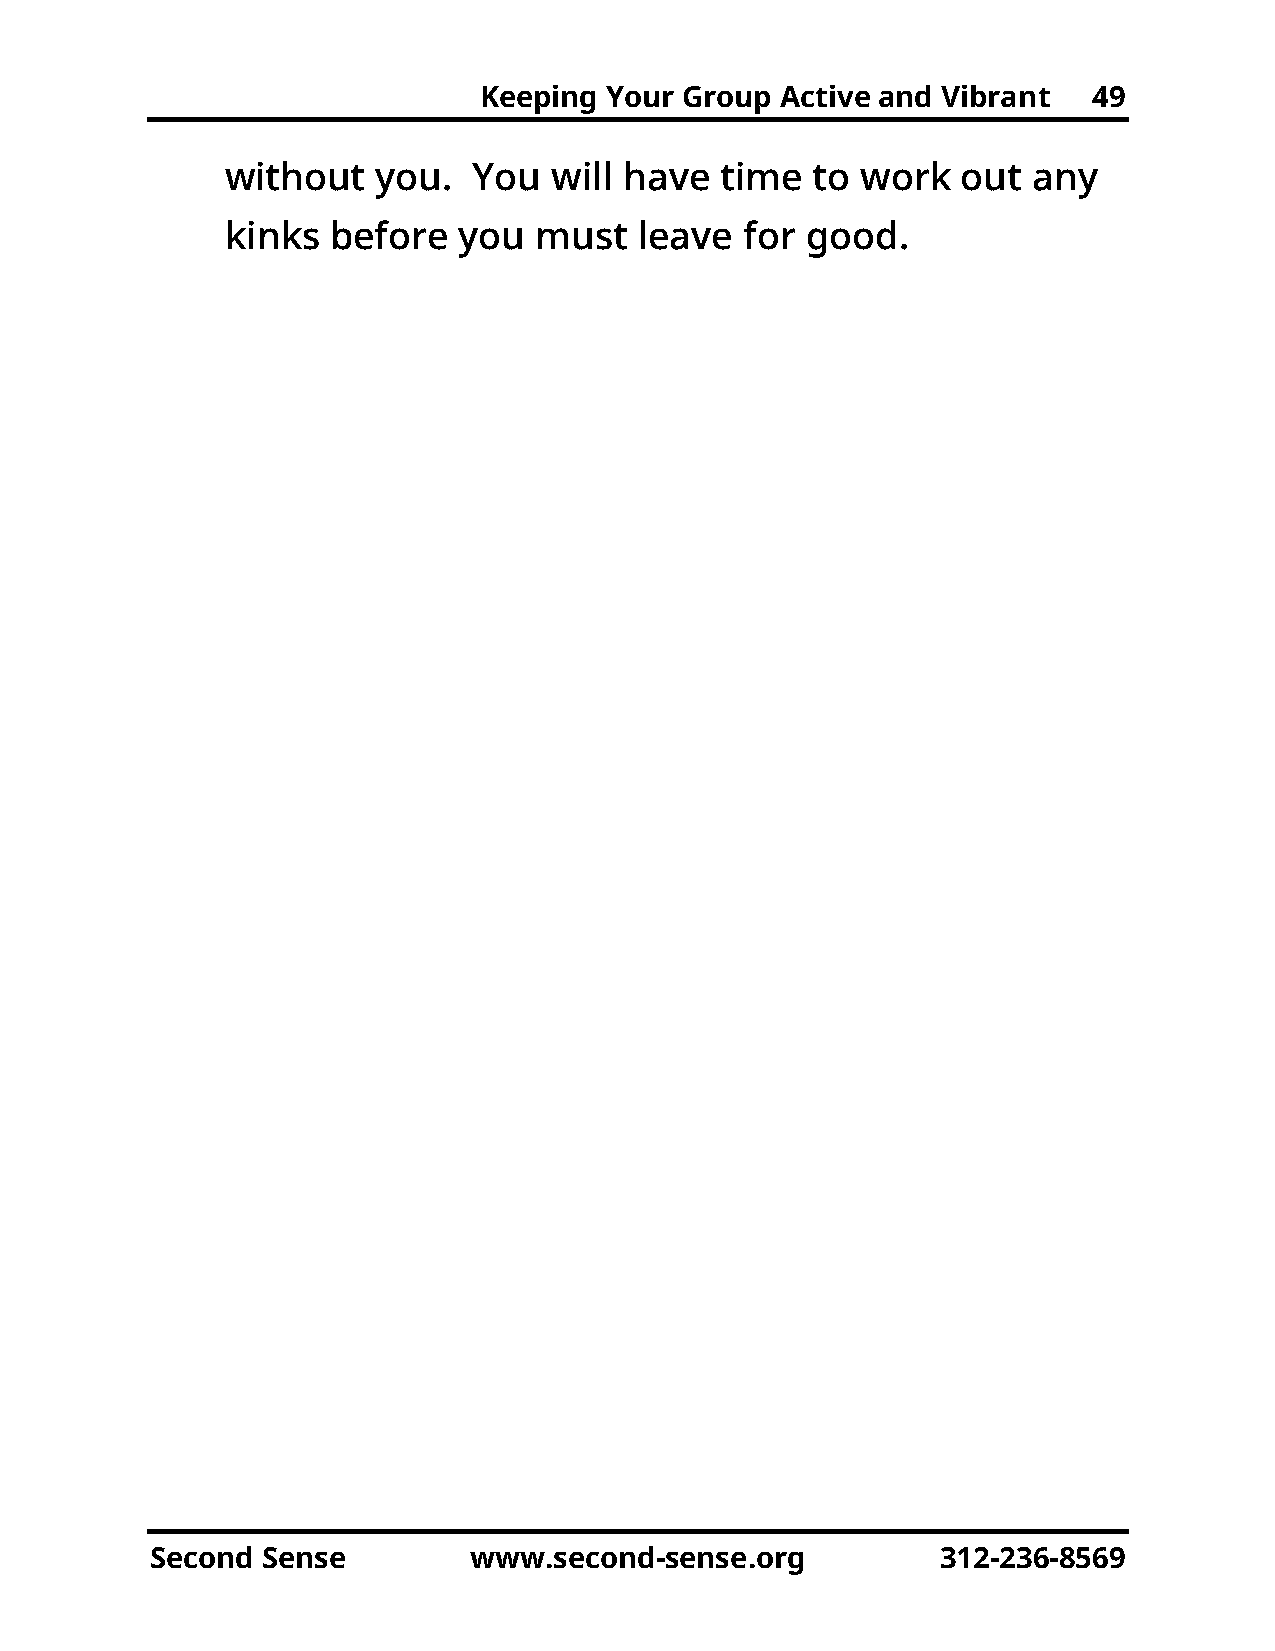
Keeping Your Group  Active and Vibrant  49
 without   you.  You   will have  time  to work   out any
 kinks  before  you  must   leave  for good.
 Second Sense         www.second-sense.org           312-236-8569